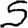
Digit: 5